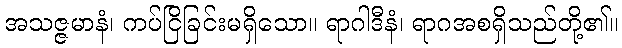
အသဇ္ဇမာနံ၊ ကပ်ငြိခြင်းမရှိသော။ ရာဂါဒီနံ၊ ရာဂအစရှိသည်တို့၏။